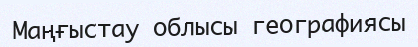
Маңғыстау облысы географиясы